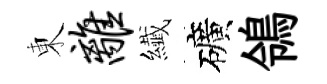
東离纎礦鴒